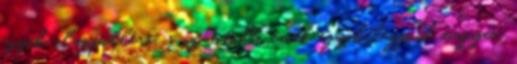
egyik alappillére, s az utóbbi évek egyik legjobb magyar